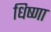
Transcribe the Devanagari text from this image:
धिष्णा